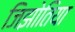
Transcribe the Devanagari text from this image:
जिझोतिया